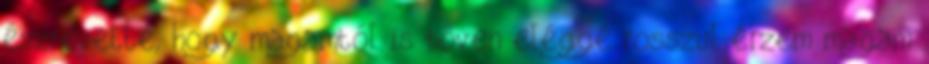
észrevette, hogy magamtól is bőven eléggé rosszul érzem magam